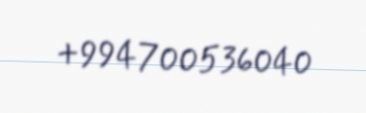
+994700536040